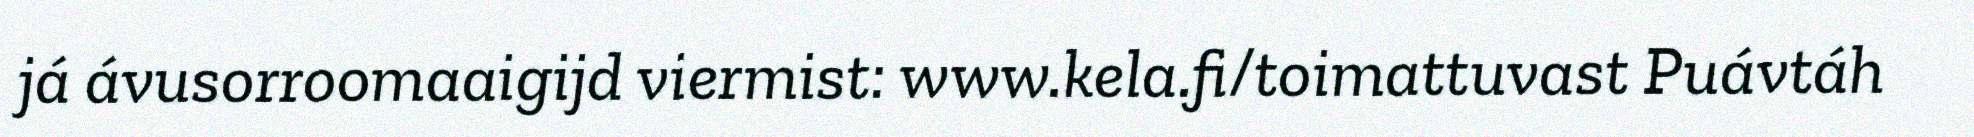
já ávusorroomaaigijd viermist: www.kela.fi/toimattuvast Puávtáh